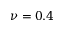
\nu = 0 . 4